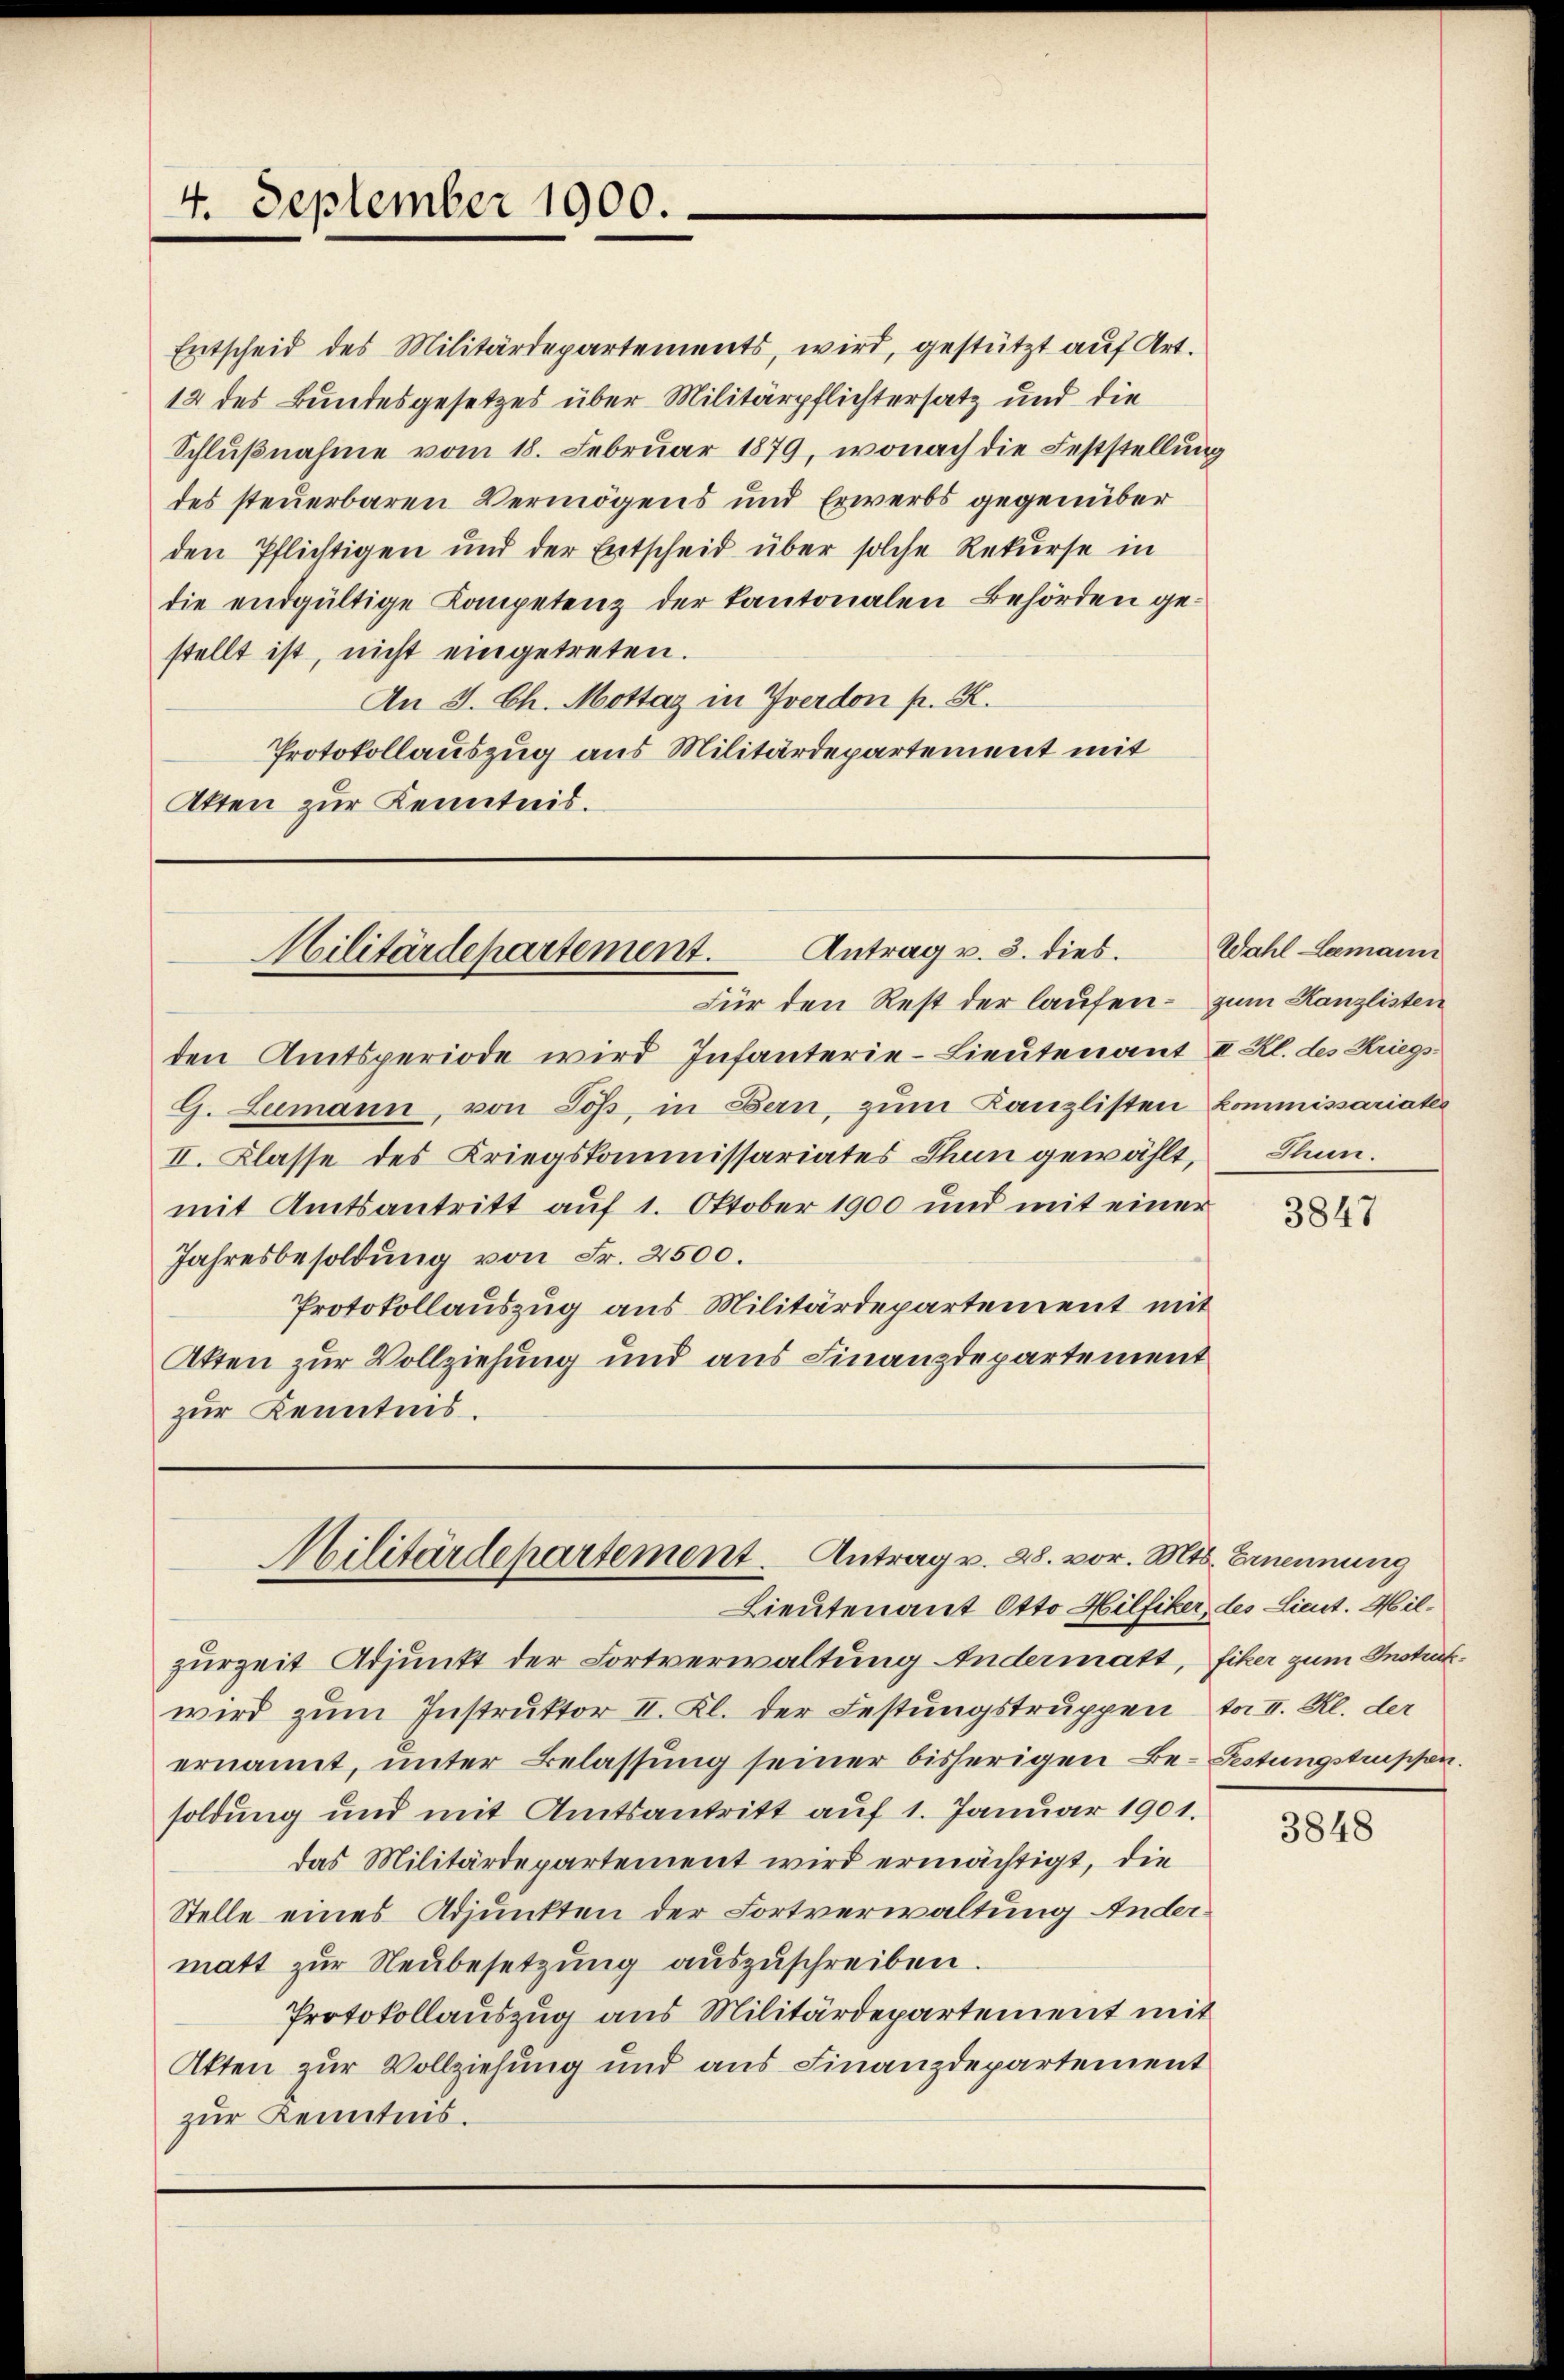
Entscheid des Militärdepartements, wird, gestützt auf Art.
12 des Bundesgesetzes über Militärpflichtersatz und die
Schlŭβnahme vom 18. Februar 1879, wonach die Feststellung
des steuerbaren Vermögens und Erwerbs gegenüber
den Pflichtigen und der Entscheid über solche Rekurse in
die endgültige Kompetenz der Kantonalen Behörden gestellt ist, nicht eingetreten.
An J. Ch. Mottaz in Yverdon pr. K.
Protokollauszug aus Militärdepartement mit
Akten zur Kenntnis.

4. September 1900.

Für den Rest der laufen - zum Kanzlisten
den Amtsperiode wird Infanterie-Lieutenant II Kl. des Kriegs
G. Zumann, von Soß, in Bern, zum Kanzlisten kommissariates
II. Klasse des Kriegskommissariates Thun gewählt,
mit Amtsantritt auf 1. Oktober 1900 und mit einer
Jahresbesoldung von Fr. 2500.
Protokollauszug aus Militärdepartement mit
Atten zur Vollziehung und aus Finanzdepartement
zur Kenntnis.

Antrag v. 3. dies.
Militärdepartement.

zurzeit Adjunkt der Fortverwaltung Andermatt, fiker zum Instrafwird zŭm Instruktor II. Kl. der Festungstruppen f. II. Kl. der
ernannt, unter Belassung seiner bisherigen Be- Festungstrissen.
soldung und mit Amtsantritt auf 1. Januar 1901.
das Militärdepartement wird ermächtigt, die
Stelle eines Adjunkten der Fortverwaltung Andermatt zŭr Neŭbesetzung aŭszŭschreiben.
Protokollauszug aus Militärdepartement mit
Akten zur Vollziehung und aus Finanzdepartement
zur Kenntnis.

Militärdepartement. Antrag v. 28. vor. Mts. Ernennung
Lieutenant Otto Hilfiker, des Lieut. Hil¬

Wahl Leemann
Thun.

3847

3848